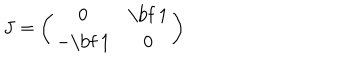
J = \left( \begin{matrix} { { 0 } } & { { \mathrm { \bf ~ 1 } } } \\ { { - \mathrm { \bf ~ 1 } } } & { { 0 } } \\ \end{matrix} \right)